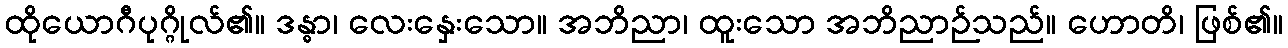
ထိုယောဂီပုဂ္ဂိုလ်၏။ ဒန္ဓာ၊ လေးနှေးသော။ အဘိညာ၊ ထူးသော အဘိညာဉ်သည်။ ဟောတိ၊ ဖြစ်၏။